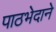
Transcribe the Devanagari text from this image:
पाठभेदाने